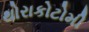
થોરાકોટોમી